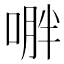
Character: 𱓟